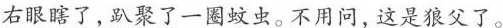
右眼瞎了，趴聚了一圈蚊虫。不用问，这是狼父了。